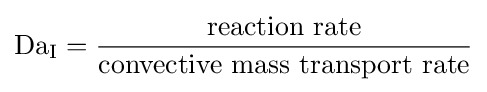
\mathrm {Da_{\mathrm {I} }} ={\frac {\text{reaction rate}}{\text{convective mass transport rate}}}